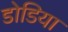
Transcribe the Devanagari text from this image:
डोडिया